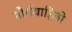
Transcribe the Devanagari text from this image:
मौर्यवाहिनी